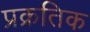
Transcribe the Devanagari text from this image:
प्रक्रतिक